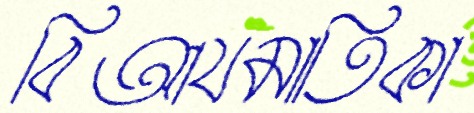
বিআযমাতিকা